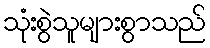
သုံးစွဲသူများစွာသည်